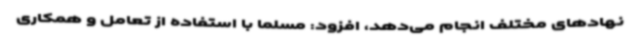
نهادهای مختلف انجام می‌دهد، افزود: مسلماً با استفاده از تعامل و همکاری